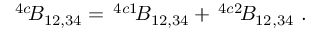
^ { 4 c } \! { \cal B } _ { 1 2 , 3 4 } = \, ^ { 4 c 1 } \! { \cal B } _ { 1 2 , 3 4 } + \, ^ { 4 c 2 } \! B _ { 1 2 , 3 4 } \ .